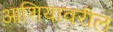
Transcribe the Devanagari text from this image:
आशियावरील